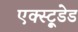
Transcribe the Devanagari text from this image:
एक्स्ट्रूडेड